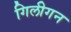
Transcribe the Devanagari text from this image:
गिलीगन